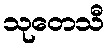
သုတေသီ